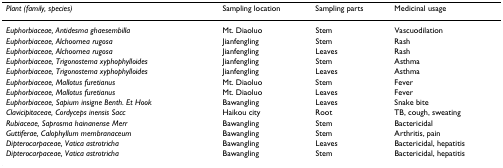
<table><thead><tr><td><b><i>Plant (family, species)</i></b></td><td><b>Sampling location</b></td><td><b>Sampling parts</b></td><td><b>Medicinal usage</b></td></tr></thead><tbody><tr><td><i>Euphorbiaceae, Antidesma ghaesembilla</i></td><td>Mt. Diaoluo</td><td>Stem</td><td>Vascuodilation</td></tr><tr><td><i>Euphorbiaceae, Alchoornea rugosa</i></td><td>Jianfengling</td><td>Stem</td><td>Rash</td></tr><tr><td><i>Euphorbiaceae, Alchoornea rugosa</i></td><td>Jianfengling</td><td>Leaves</td><td>Rash</td></tr><tr><td><i>Euphorbiaceae, Trigonostema xyphophylloides</i></td><td>Jianfengling</td><td>Stem</td><td>Asthma</td></tr><tr><td><i>Euphorbiaceae, Trigonostema xyphophylloides</i></td><td>Jianfengling</td><td>Leaves</td><td>Asthma</td></tr><tr><td><i>Euphorbiaceae, Mallotus furetianus</i></td><td>Mt. Diaoluo</td><td>Stem</td><td>Fever</td></tr><tr><td><i>Euphorbiaceae, Mallotus furetianus</i></td><td>Mt. Diaoluo</td><td>Leaves</td><td>Fever</td></tr><tr><td><i>Euphorbiaceae, Sapium insigne Benth. Et Hook</i></td><td>Bawangling</td><td>Leaves</td><td>Snake bite</td></tr><tr><td><i>Clavicipitaceae, Cordyceps inensis Sacc</i></td><td>Haikou city</td><td>Root</td><td>TB, cough, sweating</td></tr><tr><td><i>Rubiaceae, Saprosma hainanense Merr</i></td><td>Bawangling</td><td>Stem</td><td>Bactericidal</td></tr><tr><td><i>Guttiferae, Calophyllum membranaceum</i></td><td>Bawangling</td><td>Stem</td><td>Arthritis, pain</td></tr><tr><td><i>Dipterocarpaceae, Vatica astrotricha</i></td><td>Bawangling</td><td>Leaves</td><td>Bactericidal, hepatitis</td></tr><tr><td><i>Dipterocarpaceae, Vatica astrotricha</i></td><td>Bawangling</td><td>Stem</td><td>Bactericidal, hepatitis</td></tr></tbody></table>